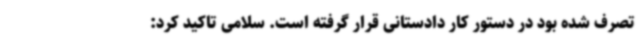
تصرف شده بود در دستور کار دادستانی قرار گرفته است. سلامی تاکید کرد: